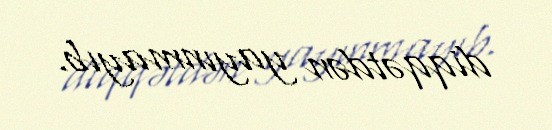
diqqətdən yayınmayıb.